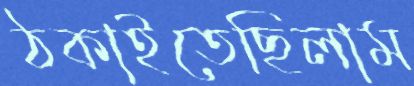
ঠকাইতেছিলাম